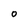
Character: O